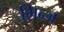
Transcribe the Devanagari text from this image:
मिन्ज